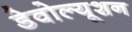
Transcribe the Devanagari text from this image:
डेवोल्यूशन